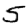
Digit: 5